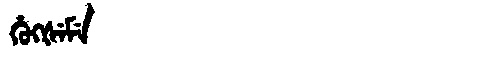
Manchu: ᡥᡠᡴᡧᡝᠮᡝ
Romanization: HUKŠEME